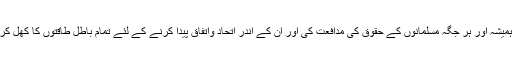
انھوں نے ہمیشہ اور ہر جگہ مسلمانوں کے حقوق کی مدافعت کی اور ان کے اندر اتحاد واتفاق پیدا کرنے کے لئے تمام باطل طاقتوں کا کھل کر مقابلہ کیا۔